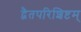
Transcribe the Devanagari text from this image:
द्वैतपरिशिष्टम्